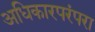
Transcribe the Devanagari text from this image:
अधिकारपरंपरा